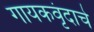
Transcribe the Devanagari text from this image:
गायकवृंदाचे